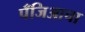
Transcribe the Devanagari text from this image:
पँजिआचा